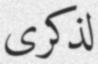
لذكرى